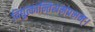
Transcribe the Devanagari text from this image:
विद्युत्कान्तिसमप्रभम्।